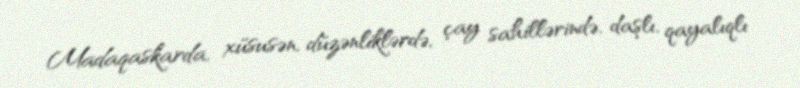
Madaqaskarda, xüsusən, düzənliklərdə, çay sahillərində, daşlı, qayalıqlı